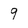
Character: 9